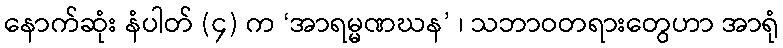
နောက်ဆုံး နံပါတ် (၄) က ‘အာရမ္မဏဃန’ ၊ သဘာဝတရားတွေဟာ အာရုံ